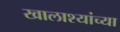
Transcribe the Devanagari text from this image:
खालाश्यांच्या